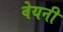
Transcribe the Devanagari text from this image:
वेयनी